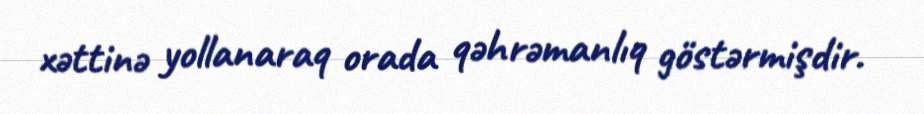
xəttinə yollanaraq orada qəhrəmanlıq göstərmişdir.